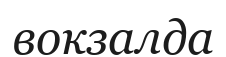
вокзалда